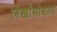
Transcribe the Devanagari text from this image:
लेखांसोबतच